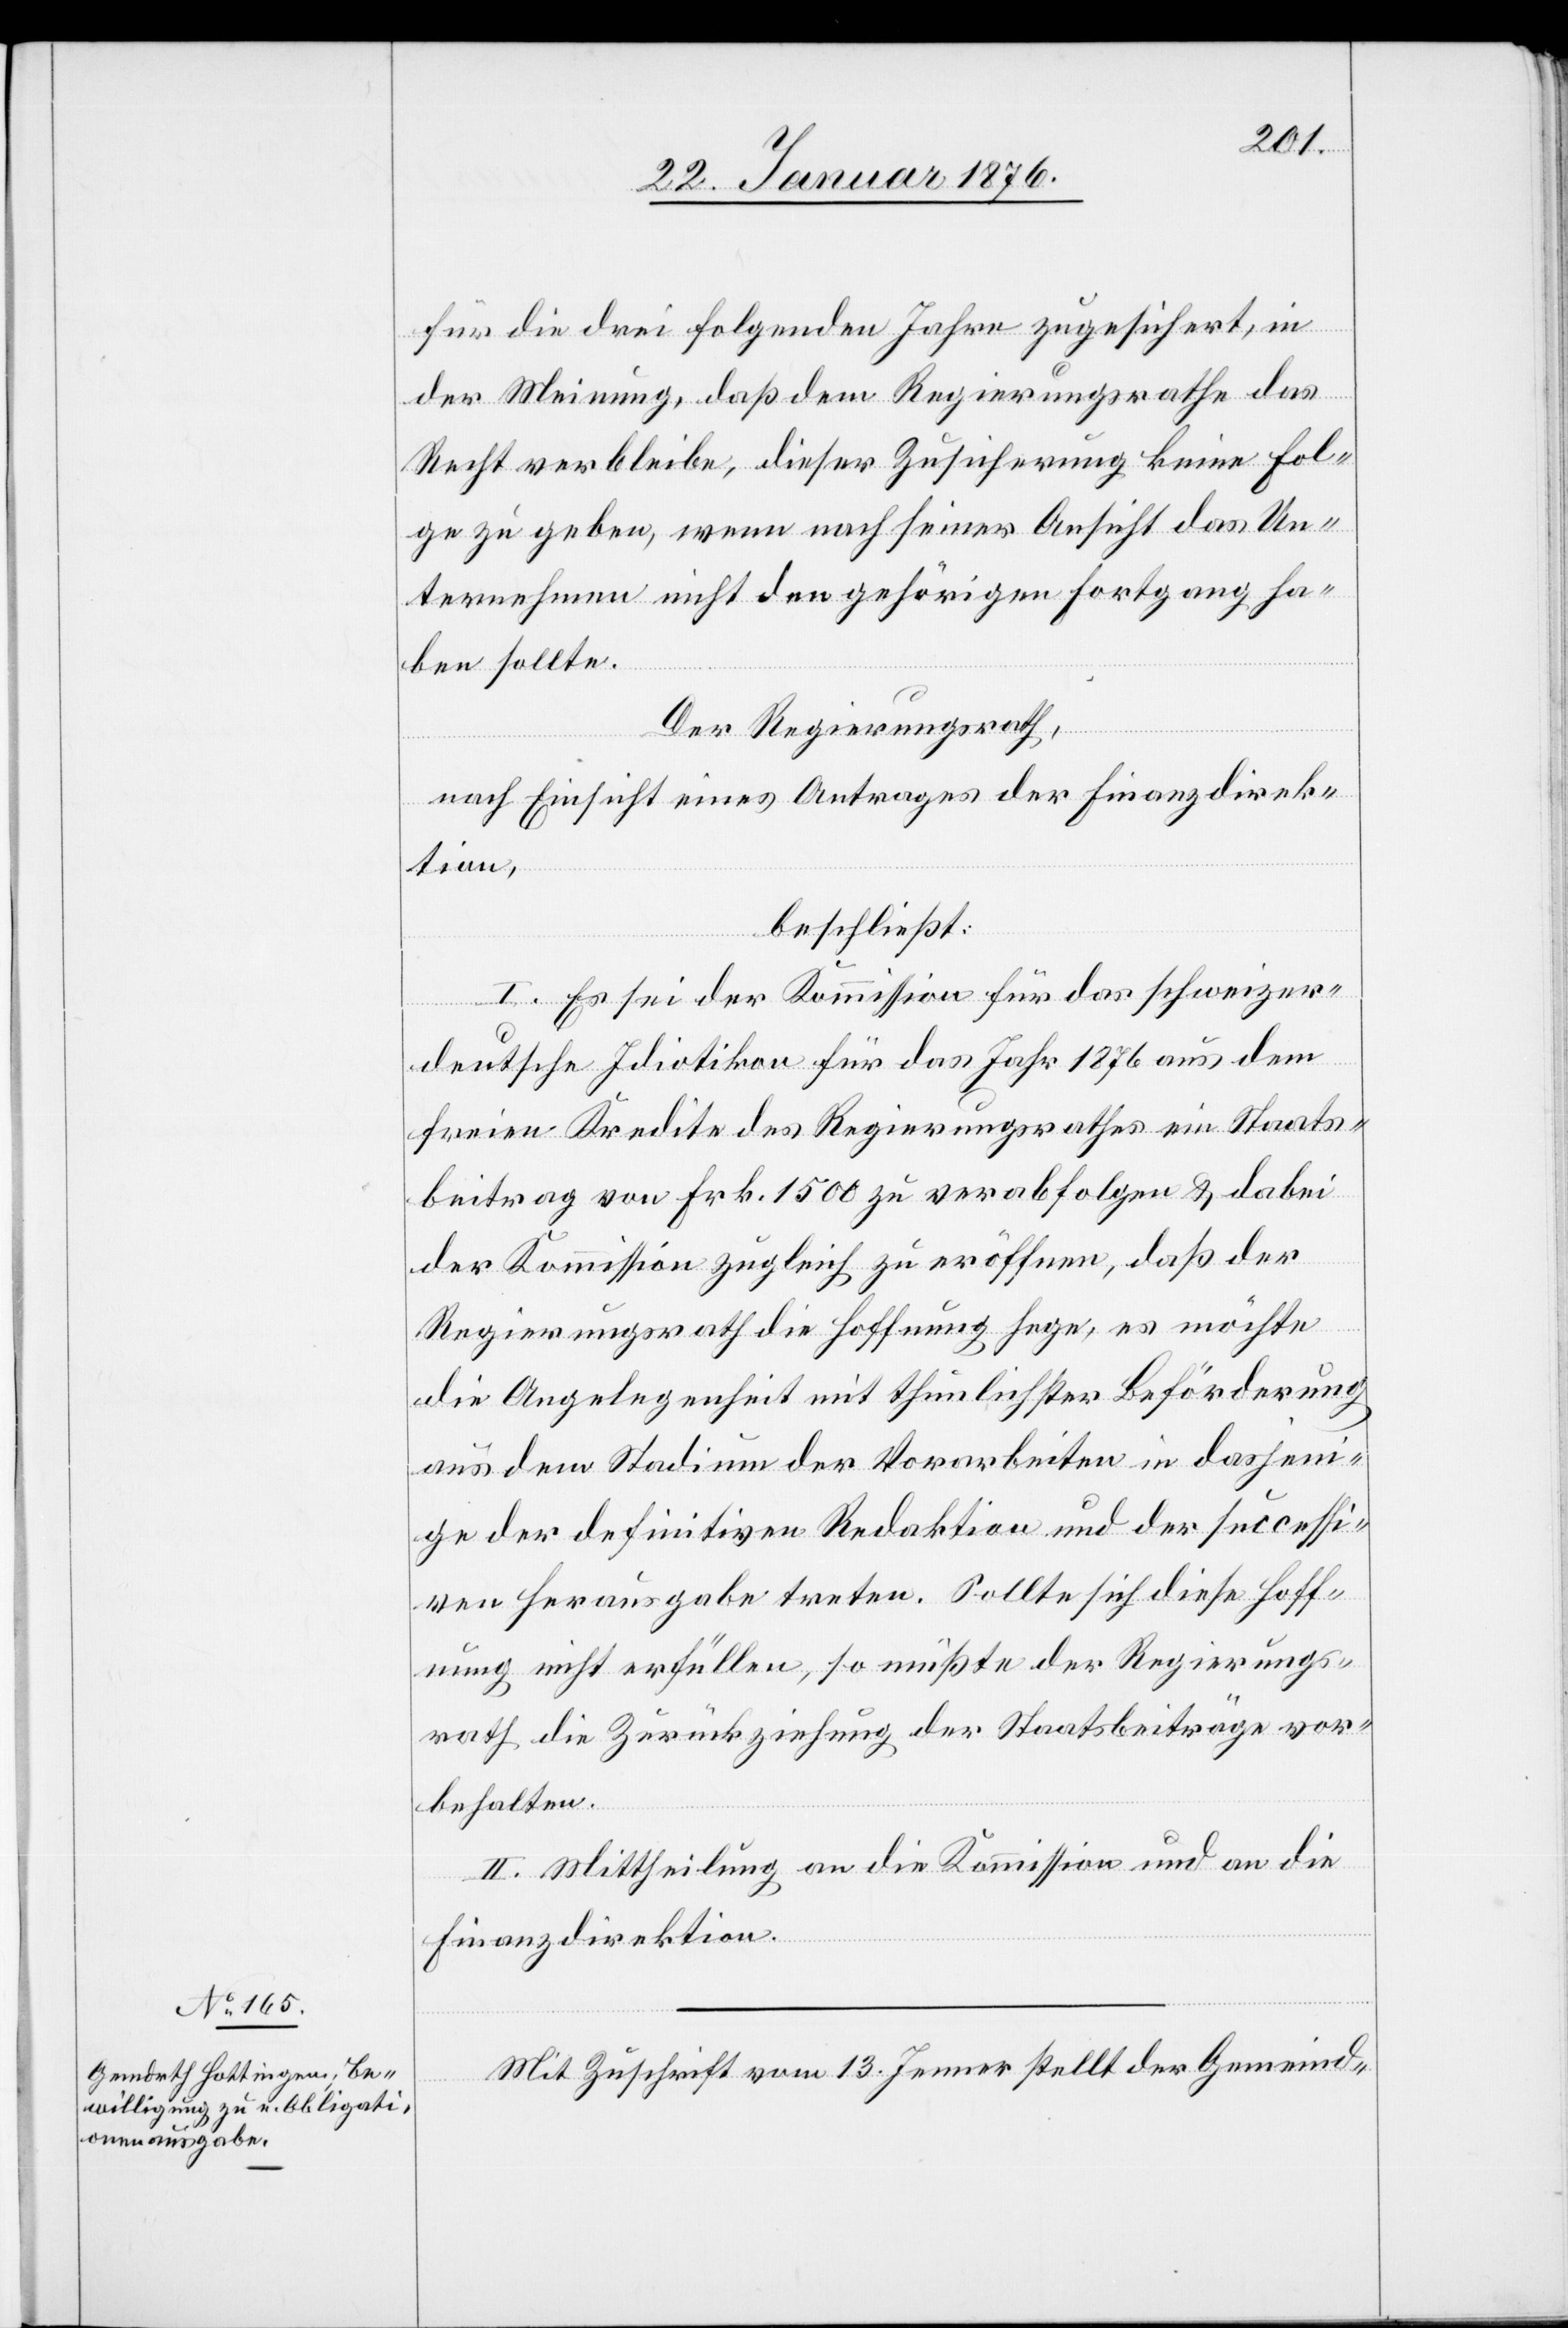
für die drei folgenden Jahre zugesichert, in
der Meinung, daß dem Regierungsrathe das
Recht verbleibe, dieser Zusicherung keine Fol¬
ge zu geben, wenn nach seiner Ansicht das Un¬
ternehmen nicht den gehörigen Fortgang ha¬
ben sollte.
Der Regierungsrath,
nach Einsicht eines Antrages der Finanzdirek¬
tion,
beschließt:
I. Es sei der Kommission für das schweizer¬
deutsche Idiotikon für das Jahr 1876 aus dem
freien Kredite des Regierungsrathes ein Staats¬
beitrag von Frk. 1500 zu verabfolgen u. dabei
der Kommission zugleich zu eröffnen, daß der
Regierungsrath die Hoffnung hege, es möchte
die Angelegenheit mit thunlicher Beförderung
aus dem Stadium der Vorarbeiten in dasjeni¬
ge der definitiven Redaktion und der successi¬
ven Herausgabe treten. Sollte sich diese Hoff¬
nung nicht erfüllen, so müßte der Regierungs¬
rath die Zurückziehung der Staatsbeiträge vor¬
behalten.
II. Mittheilung an die Kommission und an die
Finanzdirektion
Mit Zuschrift vom 13. Jenner stellt der Gemeind-